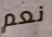
نعم